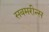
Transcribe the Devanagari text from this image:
सबमरीन्स